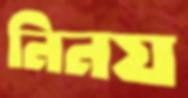
নিনয়